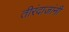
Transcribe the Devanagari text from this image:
तीरंदाजांनी